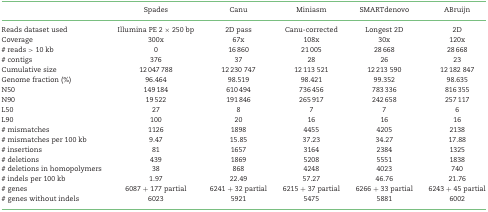
|  | Spades | Canu | Miniasm | SMARTdenovo | ABruijn |
 | --- | --- | --- | --- | --- | --- |
 | Reads dataset used | Illumina PE 2 × 250 bp | 2D pass | Canu-corrected | Longest 2D | 2D |
 | Coverage | 300x | 67x | 108x | 30x | 120x |
 | # reads > 10 kb | 0 | 16 860 | 21 005 | 28 668 | 28 668 |
 | # contigs | 376 | 37 | 28 | 26 | 23 |
 | Cumulative size | 12 047 788 | 12 230 747 | 12 113 521 | 12 213 590 | 12 182 847 |
 | Genome fraction (%) | 96.464 | 98.519 | 98.421 | 99.352 | 98.635 |
 | N50 | 149 184 | 610 494 | 736 456 | 783 336 | 816 355 |
 | N90 | 19 522 | 191 846 | 265 917 | 242 658 | 257 117 |
 | L50 | 27 | 8 | 7 | 7 | 6 |
 | L90 | 100 | 20 | 16 | 16 | 16 |
 | # mismatches | 1126 | 1898 | 4455 | 4205 | 2138 |
 | # mismatches per 100 kb | 9.47 | 15.85 | 37.23 | 34.27 | 17.88 |
 | # insertions | 81 | 1657 | 3164 | 2384 | 1325 |
 | # deletions | 439 | 1869 | 5208 | 5551 | 1838 |
 | # deletions in homopolymers | 38 | 868 | 4248 | 4023 | 740 |
 | # indels per 100 kb | 1.97 | 22.49 | 57.27 | 46.76 | 21.76 |
 | # genes | 6087 + 177 partial | 6241 + 32 partial | 6215 + 37 partial | 6266 + 33 partial | 6243 + 45 partial |
 | # genes without indels | 6023 | 5921 | 5475 | 5881 | 6002 |